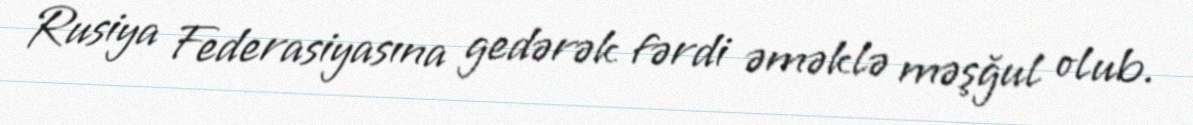
Rusiya Federasiyasına gedərək fərdi əməklə məşğul olub.